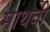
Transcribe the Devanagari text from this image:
माथवी